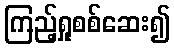
ကြည့်ရှုစစ်ဆေး၍